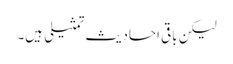
لیکن باقی احادیث تمثیلی ہیں۔